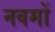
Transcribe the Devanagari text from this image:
नवमों